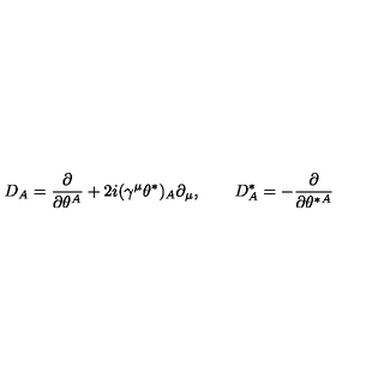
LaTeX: { D _ { A } = { \frac { \partial } { \partial \theta ^ { A } } } + 2 i ( \gamma ^ { \mu } \theta ^ { * } ) _ { A } \partial _ { \mu } , \qquad D _ { A } ^ { * } = - { \frac { \partial } { \partial \theta ^ { * A } } } }